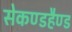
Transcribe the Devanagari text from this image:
सेकण्डहैण्ड